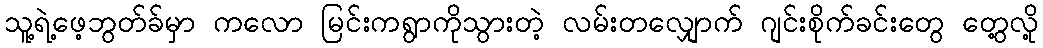
သူ့ရဲ့ဖေ့ဘွတ်ခ်မှာ ကလော မြင်းကရွာကိုသွားတဲ့ လမ်းတလျှောက် ဂျင်းစိုက်ခင်းတွေ တွေ့လို့